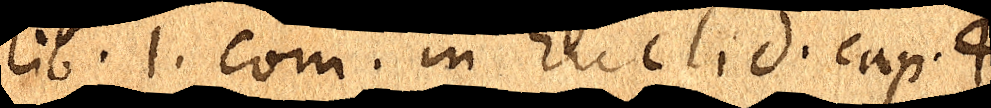
lib. 1. com. in Euclid. cap. 4.